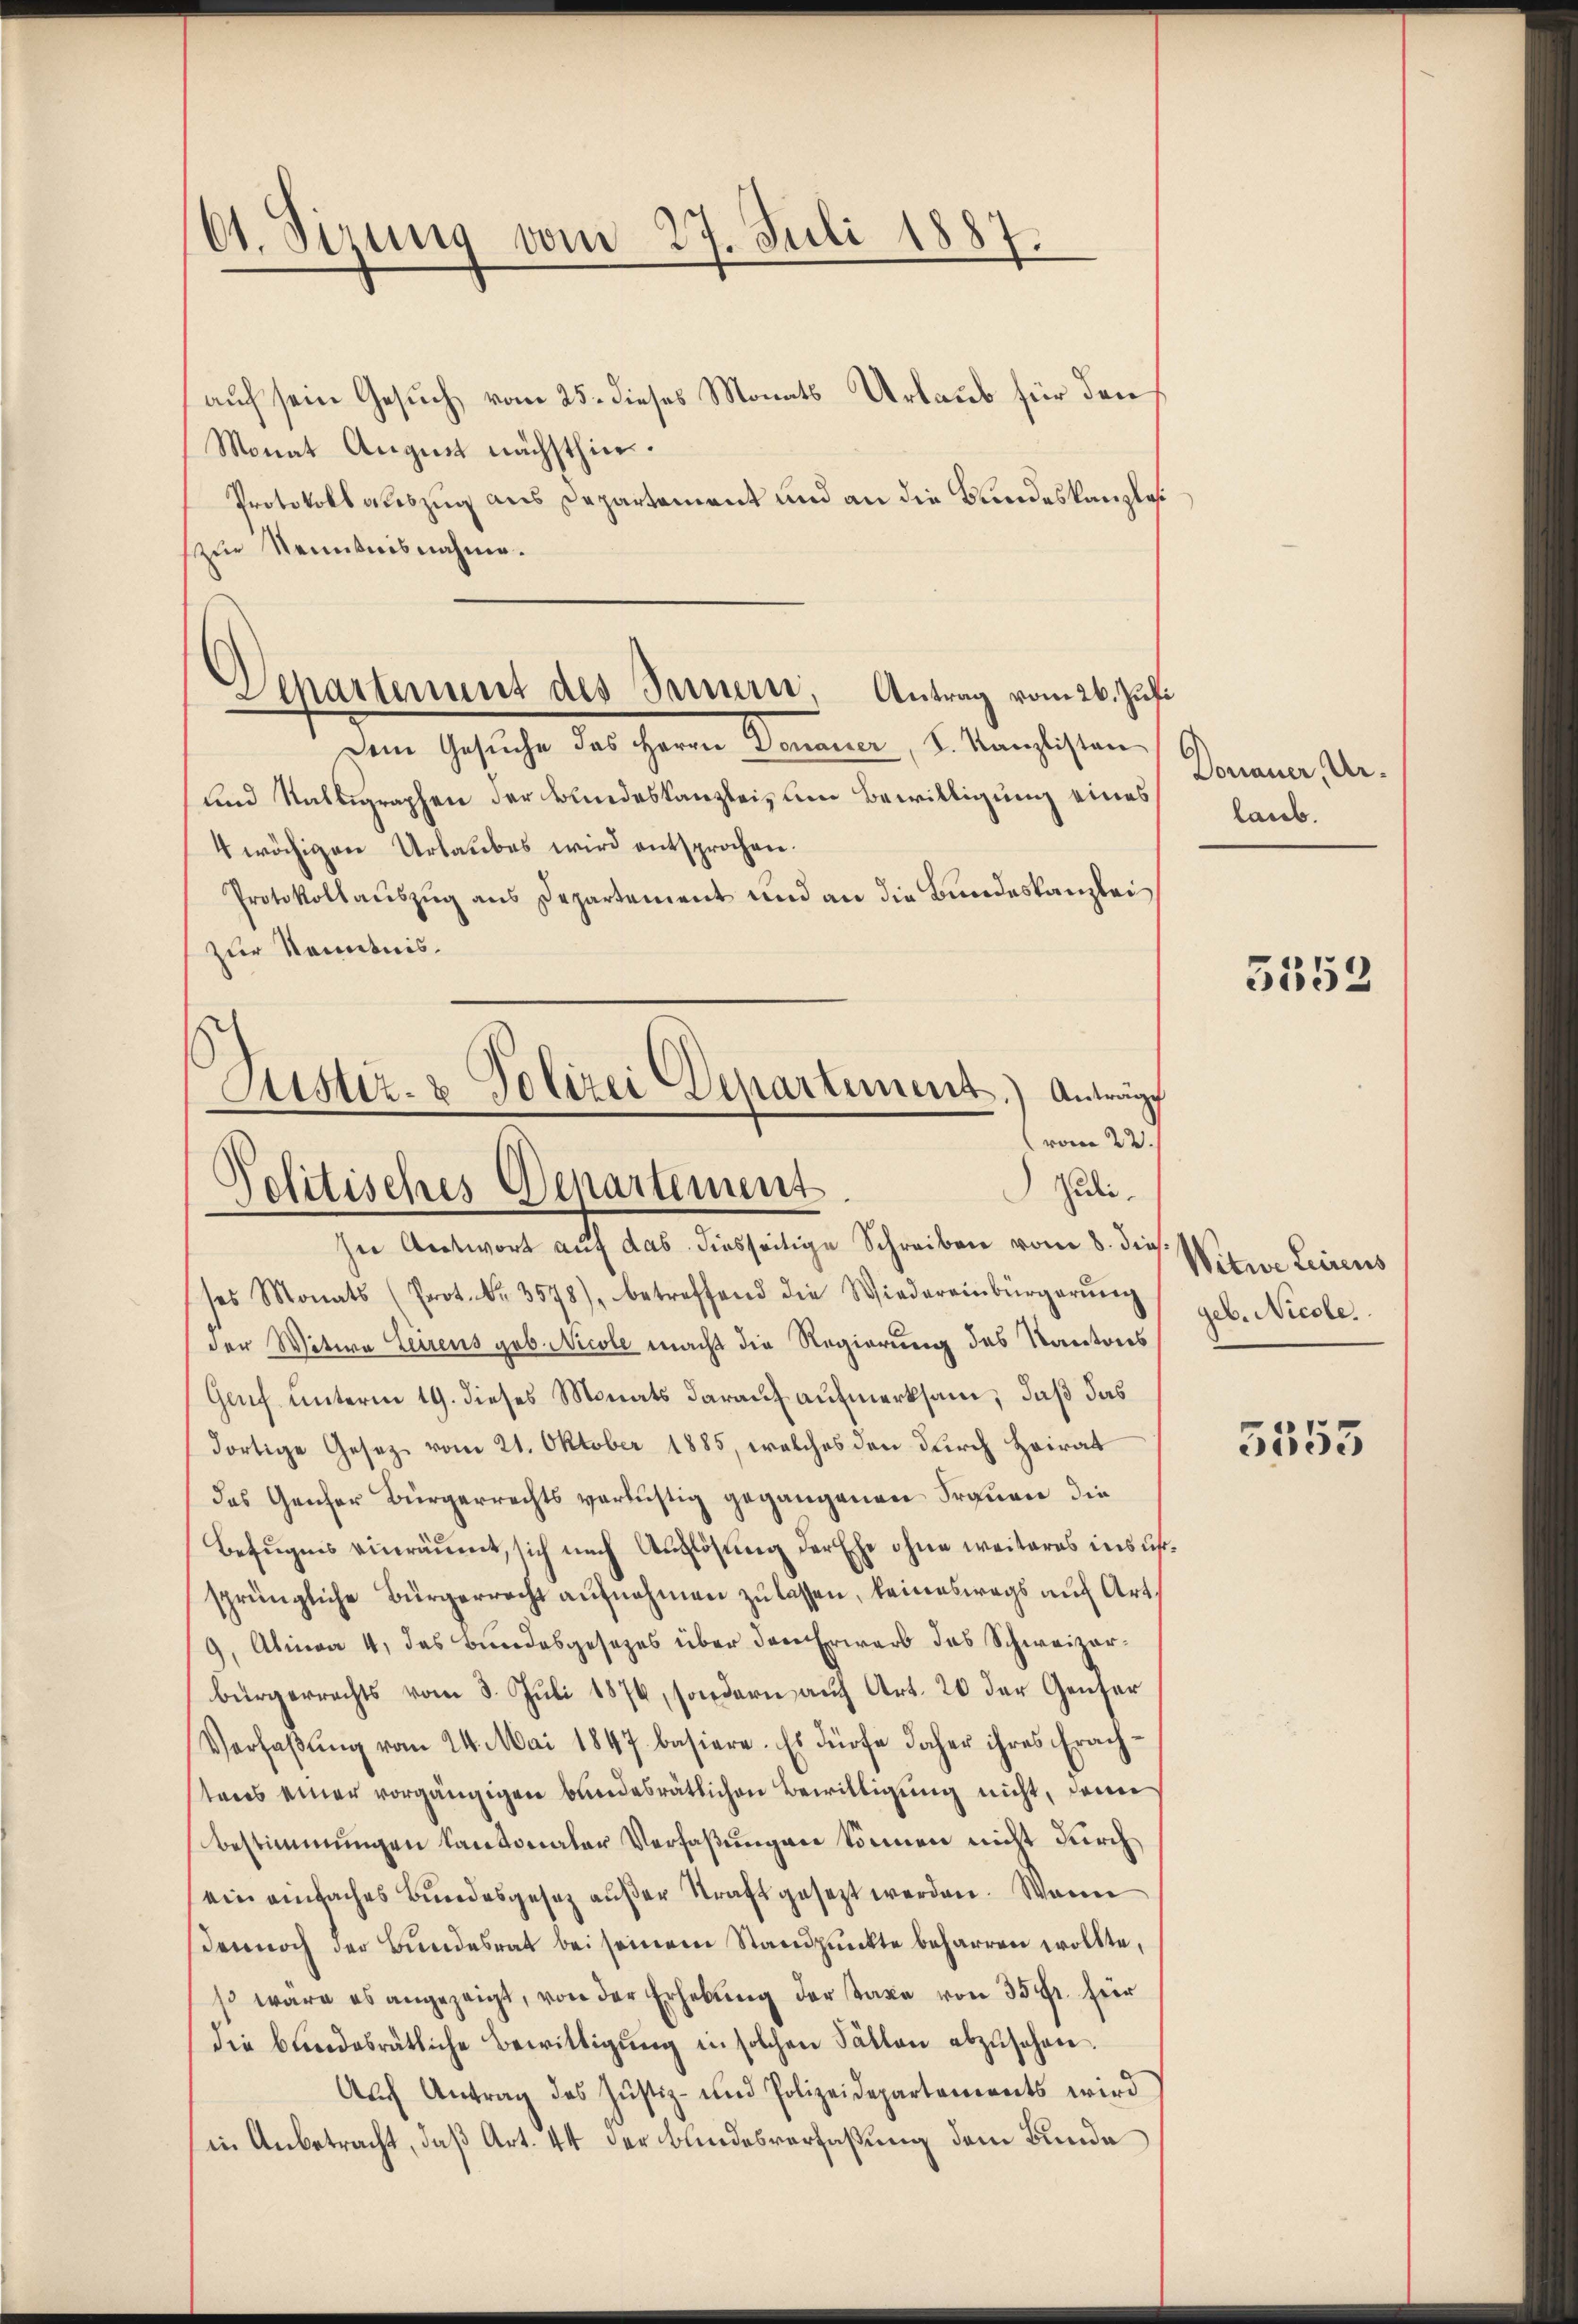
61. Sirung vom 27. Juli 1887.

auf sein Gesuch vom 25. dieses Monats Urlaub für den
Monat August nächsthin.
Protokoll auszug aus Departement und an die Bundeskanzlos
zur Kenntnisnahme.
dem Gesiche des Herrn Kammen, u. Komplissen
und Stalligraphen der Bundeskanzlei, um Bewilligung eines
4 wächigen Urlaubes wird entsprochen.
Protokollauszug aus Departement und an die Bundeskanzlei
zur Kenntnis¬
In Antwort auf das diesseitige Schreiben vom 8. die
ses Monats (Prot. Nr. 3578), betreffend die Wiedereinbürgerŭng
der Witwe Leuens geb. Nicole macht die Regierung des Kantons
Geuf unterm 19. dieses Monats darauf aufmerksam, daß das
dortige Gesetz vom 21. Oktober 1885, welches den durch Heirat
das Genfer Bürgerrechts verlustig gegangenen Frauen, die
Befugnis einräumt, sich nach Auflösung der Ehe ohne weiteres ins u
sprüngliche Bürgerrecht aufnehmen zu lassen, keineswegs auf Art.
9, Alinea 4, das Bundesgesetzes über den Erwarb das Schweizerbürgerrechts vom 3. Juli 1876, sondern auf Art. 20 der Genfer
Verfaβŭng vom 24. Mai 1847 basiere. Es dürfe daher ihres Frach-
stens einer vorgängigen bundesrätlichen Bewilligung nicht, dann
Bestimmungen Kantonaler Verfaßungen können nicht durch
ein einfaches Bŭndesgesetz aŭβer Straft gesetzt werden. Wenn
Dennoch der Bundesrat bei seinem Standpunkte beharren wollte,
so wäre es angezeigt, von der Erhebŭng der Taxe von 35 fr. für
die bundesrätliche Bewittigŭng in solchen Fällen abzŭsehen.
Auch Antrag des Justiz- und Polizeidepartements wird
in Anbetracht, daß Art. 44 der Bundesverfassung dem Bunde

Venartement des Innern, Antrag vom 26. Juli

Justiz- & Polizei Departement.) Anträgt
.
(vom 22.
sidii.
Politisches Departement

Donauer, Urlaub.

5552

Witwe Leirens
geb. Nicole.

5553